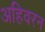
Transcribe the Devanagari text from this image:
अहिवरन